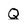
Character: Q